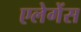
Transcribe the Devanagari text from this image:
एलेगेंस